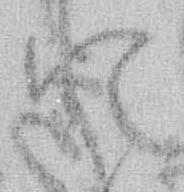
と